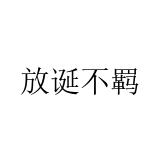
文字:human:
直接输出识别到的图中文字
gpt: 放诞不羁